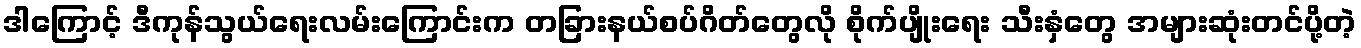
ဒါကြောင့် ဒီကုန်သွယ်ရေးလမ်းကြောင်းက တခြားနယ်စပ်ဂိတ်တွေလို စိုက်ပျိုးရေး သီးနှံတွေ အများဆုံးတင်ပို့တဲ့